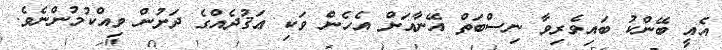
އެއީ ބޭންކު ބައިވެރިވާ ނިސްބަތް އޭނާއަށް އެހެން ވަކި ޢަޤުދެއްގެ ދަށުން ވިއްކުމުންނެވެ.